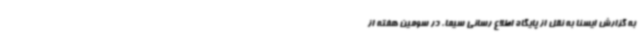
به گزارش ایسنا به نقل از پایگاه اطلاع رسانی سیما، در سومین هفته از